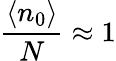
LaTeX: {\frac{\langle n_{0}\rangle}{N}}\approx 1